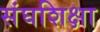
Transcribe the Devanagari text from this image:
संघशिक्षा